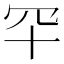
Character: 𦉲